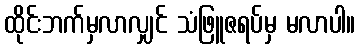
ထိုင်းဘက်မှလာလျှင် သံဖြူဇရပ်မှ မလာပါ။